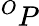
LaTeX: ^{O}P